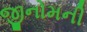
જીનોમની